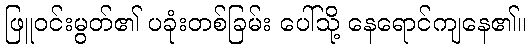
ဖြူဝင်းမွတ်၏ ပခုံးတစ်ခြမ်း ပေါ်သို့ နေရောင်ကျနေ၏။